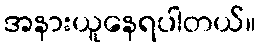
အနားယူနေရပါတယ်။